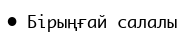
•	Бірыңғай салалы